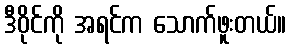
ဒီဝိုင်ကို အရင်က သောက်ဖူးတယ်။